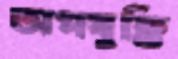
অপযুক্তি